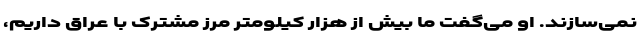
نمی‌سازند. او می‌گفت ما بیش از هزار کیلومتر مرز مشترک با عراق داریم،